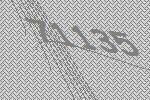
71135